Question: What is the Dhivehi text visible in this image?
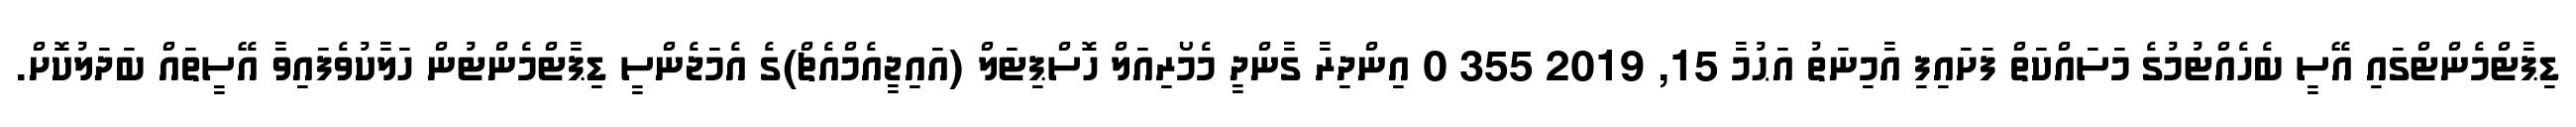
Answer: ޑިޕާޓްމެންޓްގައި އޭސީ ބެހެއްޓުމުގެ މަސައްކަތް ފަށައިފި އާމިނަތު އަޙުމާ 15, 2019 355 0 އިންދިރާ ގާންދީ މެމޯރިއަލް ހޮސްޕިޓަލް (އައިޖީއެމްއެޗް)ގެ އެމަޖެންސީ ޑިޕާޓްމެންޓުން ހަލާކުވެފައިވާ އޭސީތައް ބަދަލުކޮށް.